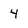
Character: 4